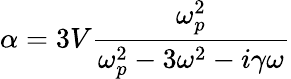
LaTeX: \alpha=3V{\frac{\omega_{p}^{2}}{\omega_{p}^{2}-3\omega^{2}-i\gamma\omega}}